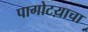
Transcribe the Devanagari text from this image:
पागोटय़ाचा